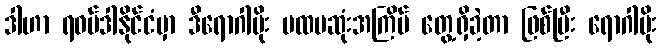
ဒါဟာ ရဝမ်ဒါနိုင်ငံမှာ ဒီရောဂါပိုး ပထမဆုံးအကြိမ် တွေ့ရှိခဲ့တာ ဖြစ်ပြီး ရောဂါပိုး